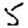
Digit: 5